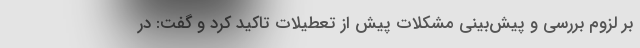
بر لزوم بررسی و پیش‌بینی مشکلات پیش از تعطیلات تاکید کرد و گفت: در